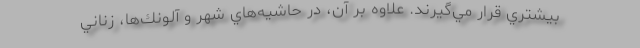
بيشتري قرار مي‌گيرند. علاوه بر آن، در حاشيه‌هاي شهر و آلونك‌ها، زناني